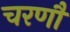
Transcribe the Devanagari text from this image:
चरणौ